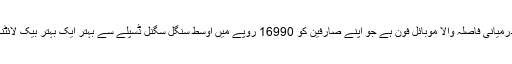
اوپو کے 1 ایک درمیانی فاصلہ والا موبائل فون ہے جو اپنے صارفین کو 16990 روپے میں اوسط سنگل سگنل ڈسپلے سے بہتر ایک بہتر بیک لائٹنگ پیش کرتا ہے۔